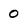
Character: 0